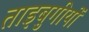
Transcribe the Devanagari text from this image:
ताइबुगीयों